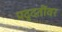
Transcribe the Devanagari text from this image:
पद्दतींवर